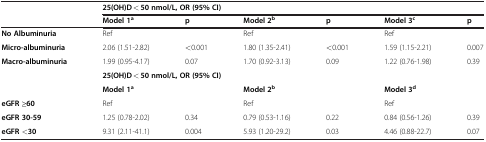
<table><thead><tr><td><b> </b></td><td colspan="6"><b>25(OH)D &lt; 50 nmol/L, OR (95% CI)</b></td></tr><tr><td><b> </b></td><td><b>Model 1<sup>a</sup></b></td><td><b>p</b></td><td><b>Model 2<sup>b</sup></b></td><td><b>p</b></td><td><b>Model 3<sup>c</sup></b></td><td><b>p</b></td></tr></thead><tbody><tr><td><b>No Albuminuria</b></td><td>Ref</td><td> </td><td>Ref</td><td> </td><td>Ref</td><td> </td></tr><tr><td><b>Micro-albuminuria</b></td><td>2.06 (1.51-2.82)</td><td>&lt;0.001</td><td>1.80 (1.35-2.41)</td><td>&lt;0.001</td><td>1.59 (1.15-2.21)</td><td>0.007</td></tr><tr><td><b>Macro-albuminuria</b></td><td>1.99 (0.95-4.17)</td><td>0.07</td><td>1.70 (0.92-3.13)</td><td>0.09</td><td>1.22 (0.76-1.98)</td><td>0.39</td></tr><tr><td> </td><td colspan="6"><b>25(OH)D &lt; 50 nmol/L, OR (95% CI)</b></td></tr><tr><td> </td><td><b>Model 1</b><sup><b>a</b></sup></td><td> </td><td><b>Model 2</b><sup><b>b</b></sup></td><td> </td><td><b>Model 3</b><sup><b>d</b></sup></td><td> </td></tr><tr><td><b>eGFR ≥60</b></td><td>Ref</td><td> </td><td>Ref</td><td> </td><td>Ref</td><td> </td></tr><tr><td><b>eGFR 30-59</b></td><td>1.25 (0.78-2.02)</td><td>0.34</td><td>0.79 (0.53-1.16)</td><td>0.22</td><td>0.84 (0.56-1.26)</td><td>0.39</td></tr><tr><td><b>eGFR &lt;30</b></td><td>9.31 (2.11-41.1)</td><td>0.004</td><td>5.93 (1.20-29.2)</td><td>0.03</td><td>4.46 (0.88-22.7)</td><td>0.07</td></tr></tbody></table>